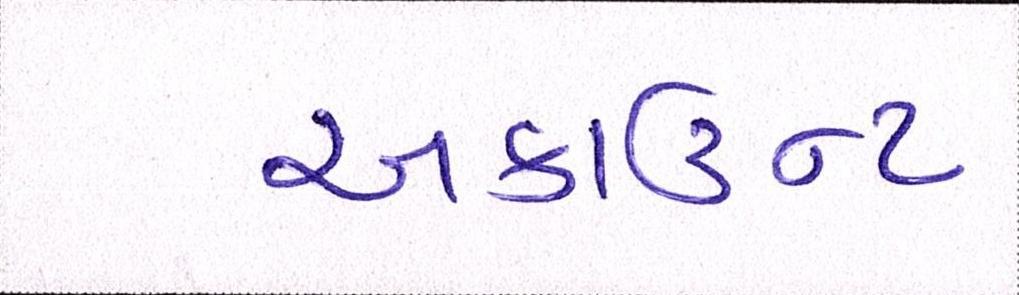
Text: અકાઉન્ટ